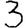
Digit: 3